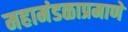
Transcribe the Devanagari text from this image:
महामंडळाप्रमाणे